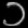
Digit: ၁